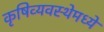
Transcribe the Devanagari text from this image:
कृषिव्यवस्थेमध्ये